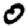
Digit: 0